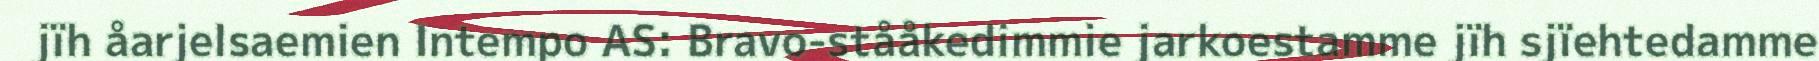
jïh åarjelsaemien Intempo AS: Bravo-stååkedimmie jarkoestamme jïh sjïehtedamme